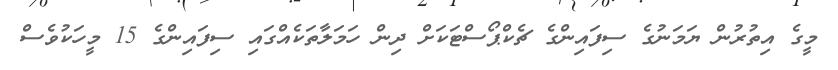
މީގެ އިތުރުން ޔަމަނުގެ ސިފައިންގެ ޗެކްޕޯސްޓަކަށް ދިން ހަމަލާތަކެއްގައި ސިފައިންގެ 15 މީހަކުވެސް